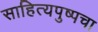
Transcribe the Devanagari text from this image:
साहित्यपुष्पचा